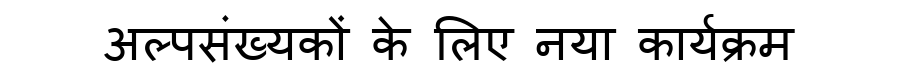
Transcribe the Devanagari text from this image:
अल्पसंख्यकों के लिए नया कार्यक्रम